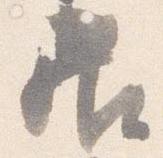
居